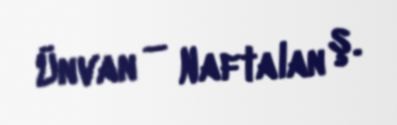
Ünvan — Naftalan ş.